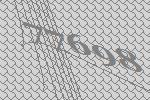
77698